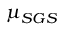
\mu _ { S G S }